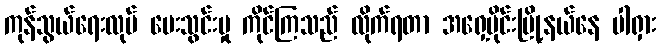
ကုန်သွယ်ရေးလုပ် ပေးသွင်းမှု ကိုင်ကြသည် လိုက်ရတာ အရှေ့ပိုင်းမြို့နယ်နေ ပါရှား